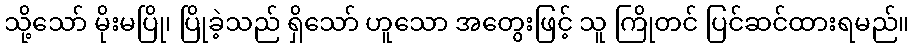
သို့သော် မိုးမပြို၊ ပြိုခဲ့သည် ရှိသော် ဟူသော အတွေးဖြင့် သူ ကြိုတင် ပြင်ဆင်ထားရမည်။